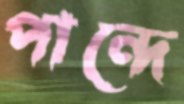
পান্দে